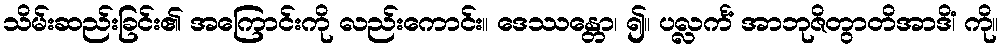
သိမ်းဆည်းခြင်း၏ အကြောင်းကို လည်းကောင်း။ ဒေဿန္တော၊ ၍။ ပလ္လင်္ကံ အာဘုဇိတွာတိအာဒိံ၊ ကို။